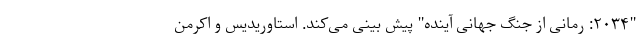
"۲۰۳۴: رمانی از جنگ جهانی آینده" پیش بینی می‌کند. استاوریدیس و اکرمن